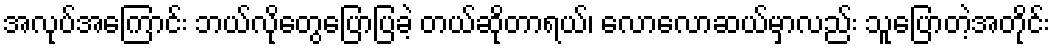
အလုပ်အကြောင်း ဘယ်လိုတွေပြောပြခဲ့ တယ်ဆိုတာရယ်၊ လောလောဆယ်မှာလည်း သူပြောတဲ့အတိုင်း